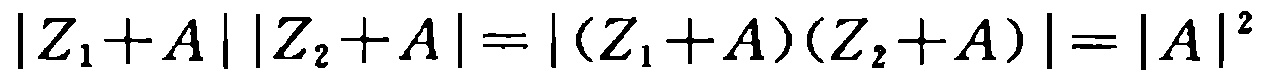
\(|Z_{1}+A||Z_{2}+A| = |(Z_{1}+A)(Z_{2}+A)| = |A|^{2}\)